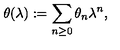
\theta ( \lambda ) : = \sum _ { n \geq 0 } \theta _ { n } \lambda ^ { n } ,